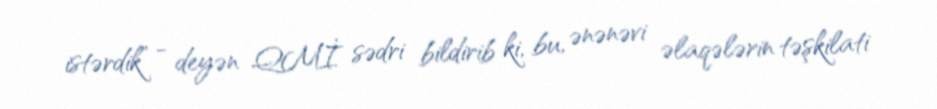
istərdik” - deyən QMİ sədri bildirib ki, bu, ənənəvi əlaqələrin təşkilati